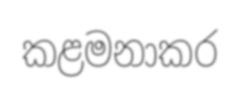
කළමනාකර